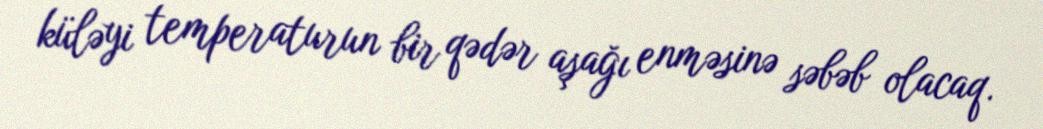
küləyi temperaturun bir qədər aşağı enməsinə səbəb olacaq.